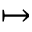
\mapsto